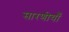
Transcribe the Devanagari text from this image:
सारणीयाँ